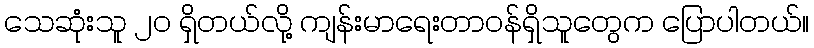
သေဆုံးသူ ၂၀ ရှိတယ်လို့ ကျန်းမာရေးတာဝန်ရှိသူတွေက ပြောပါတယ်။